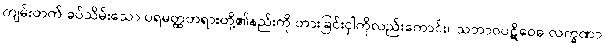
ကျမ်းတက် ခပ်သိမ်းသော ပရမတ္ထတရားတို့၏နည်းကို တားခြင်းငှါကိုလည်းကောင်း။ သဘာဝပဋိဝေဓ လက္ခဏာ